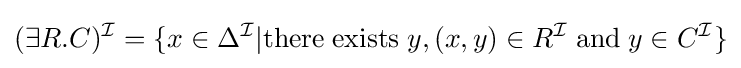
(\exists R.C)^{\mathcal {I}}=\{x\in \Delta ^{\mathcal {I}}|{\text{there}}\;{\text{exists}}\;y,(x,y)\in R^{\mathcal {I}}\;{\text{and}}\;y\in C^{\mathcal {I}}\}